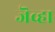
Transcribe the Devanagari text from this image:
जॆव्हा